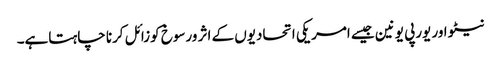
نیٹو اور یورپی یونین جیسے امریکی اتحادیوں کے اثر ورسوخ کوزائل کرنا چاہتاہے۔